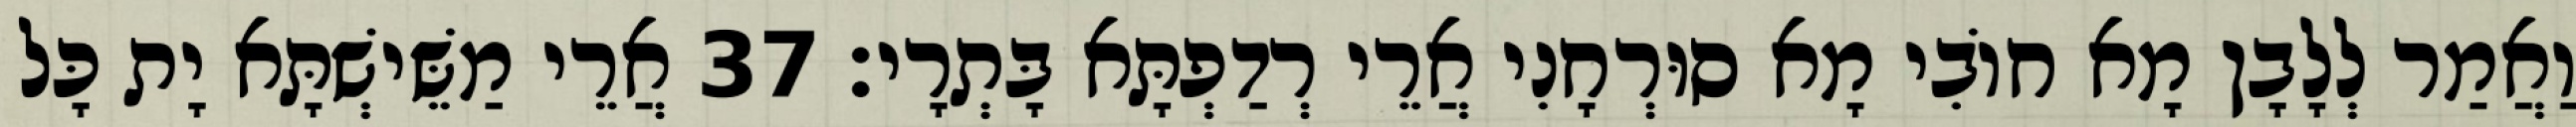
וַאֲמַר לְלָבָן מָא חוֹבִי מָא סוּרְחָנִי אֲרֵי רְדַפְתָּא בָּתְרָי׃ 37 אֲרֵי מַשֵּׁישְׁתָּא יָת כָּל